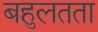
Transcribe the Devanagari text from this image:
बहुलतता